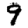
Digit: 9